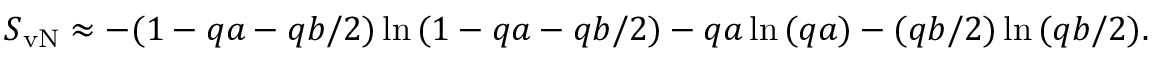
S _ { \mathrm { v N } } \approx - ( 1 - q a - q b / 2 ) \ln { ( 1 - q a - q b / 2 ) } - q a \ln { ( q a ) } - ( q b / 2 ) \ln { ( q b / 2 ) } .